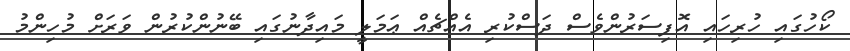
ކޯހުގައި ހުރިހައި އޮފިސަރުންވެސް ދަސްކުރި އެއްޗެއް ޢަމަލީ މައިދާނުގައި ބޭނުންކުރުން ވަރަށް މުހިންމު